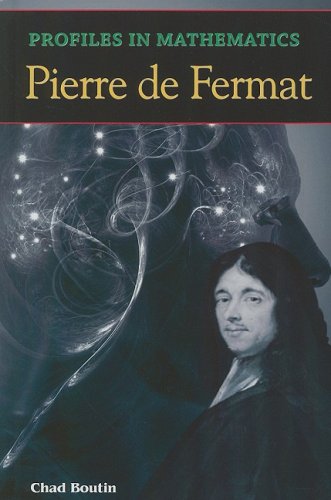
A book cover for Pierre de Fermat (Profiles in Mathematics); Chad Boutin; Teen & Young Adult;